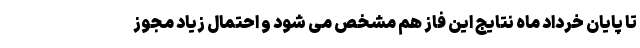
تا پایان خرداد ماه نتایج این فاز هم مشخص می شود و احتمال زیاد مجوز